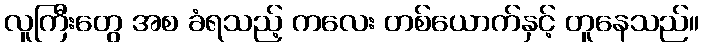
လူကြီးတွေ အစ ခံရသည့် ကလေး တစ်ယောက်နှင့် တူနေသည်။